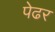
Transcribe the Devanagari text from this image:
पेढर